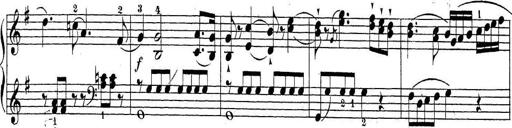
Title: Sonatina Album
Composer: Louis KÃ¶hler